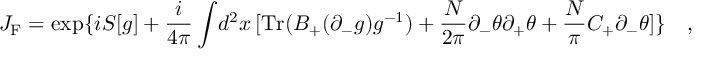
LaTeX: J _ { \mathrm { F } } = \exp \{ i S [ g ] + \frac { i } { 4 \pi } \int \! d ^ { 2 } x \, [ \mathrm { T r } ( B _ { + } ( \partial _ { - } g ) g ^ { - 1 } ) + \frac { N } { 2 \pi } \partial _ { - } \theta \partial _ { + } \theta + \frac { N } { \pi } C _ { + } \partial _ { - } \theta ] \} \quad ,